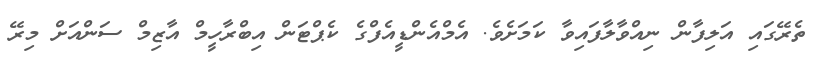
ތެރޭގައި އަލިފާންް ނިއްވާލާފައިވާ ކަމަށެވެ. އެމްއެންޑީއެފްގެ ކެޕްޓަން އިބްރާހީމް އާޒިމް ސަންއަށް މިރޭ